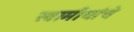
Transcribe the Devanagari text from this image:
स्वामीयांचे